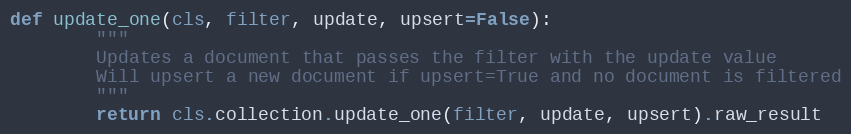
Language: Python
def update_one(cls, filter, update, upsert=False):
        """
        Updates a document that passes the filter with the update value
        Will upsert a new document if upsert=True and no document is filtered
        """
        return cls.collection.update_one(filter, update, upsert).raw_result